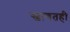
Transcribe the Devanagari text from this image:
स्वागतही